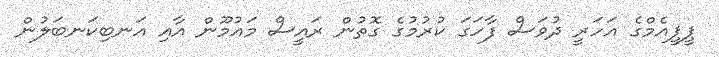
ޕީޕީއެމްގެ އަހަރީ ދުވަސް ފާހަގަ ކުރުމުގެ ގޮތުން ރައީސް މައުމޫން އާއި އަނބިކަނބަލުން